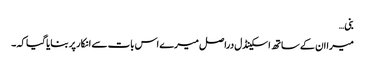
بنی…
میرا ان کے ساتھ اسکینڈل دراصل میرے اس بات سے انکار پر بنایا گیا کہ ۔